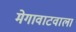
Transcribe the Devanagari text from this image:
मेगावाटवाला